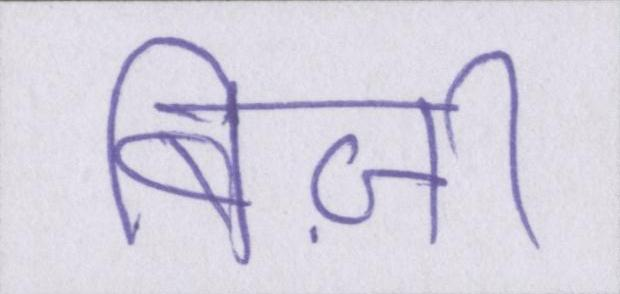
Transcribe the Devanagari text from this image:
बिज़ी